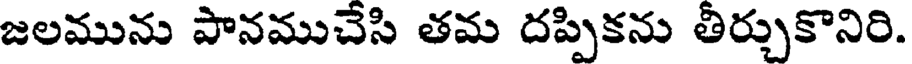
జలమును పానముచేసి తమ దప్పికను తీర్చుకొనిరి.